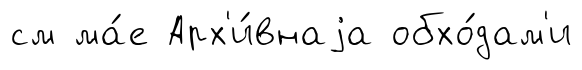
см ма́е Арх'и́внаjа обхо́дам'и